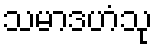
သမာဒဟံသု